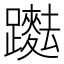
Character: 𨇞